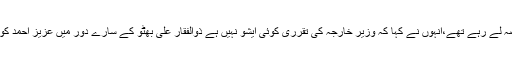
وہ جمعہ کو ایوان زیریں میں لائن آف کنٹرول کی صورت حال پر بحث میں حصہ لے رہے تھے،انہوں نے کہا کہ وزیر خارجہ کی تقرری کوئی ایشو نہیں ہے ذوالفقار علی بھٹو کے سارے دور میں عزیز احمد کو معاون خصوصی خارجہ امور بنائے رکھا اور کسی کو وزیر خارجہ نہیں بنایا۔